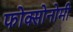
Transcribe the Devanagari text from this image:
फोक्सोनोमी